Report on the Nagpur School of Medicine, Central Provinces
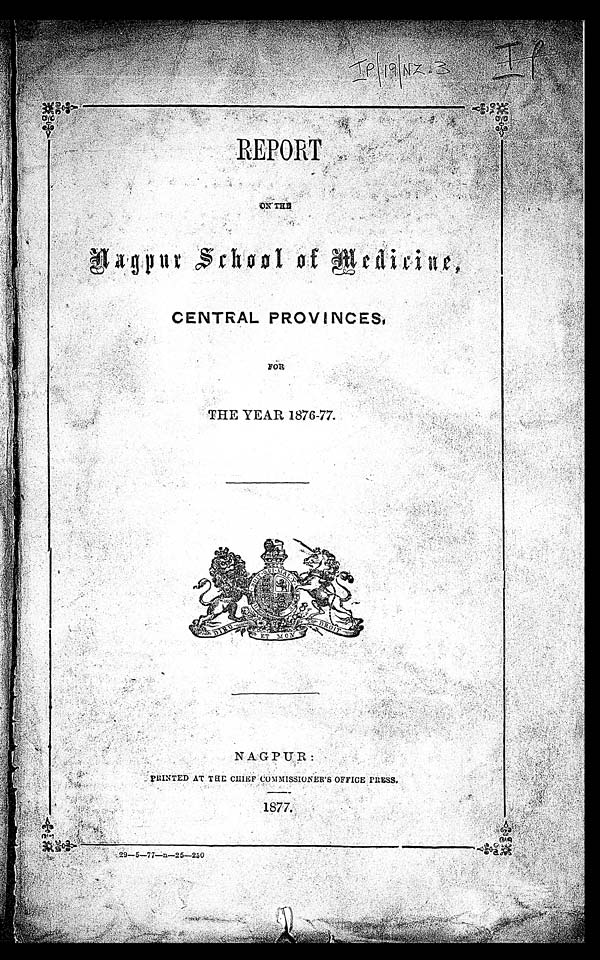
REPORT
O N T H E
Nagpur School of Medicine,
CENTRAL PROVINCES,
F O R
THE YEAR 1876-77.
NAGPUR:
PRINTED
AT THE CHIEF COMMISSIONER'S OFFICE PRESS.
1877.